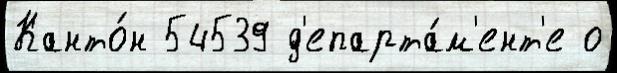
Канто́н 54539 д'епарта́м'ент'е о